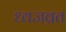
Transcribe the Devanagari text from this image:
ध्वजव्रत